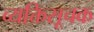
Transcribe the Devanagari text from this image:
व्यक्तिसूचक